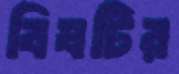
বিষটির